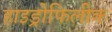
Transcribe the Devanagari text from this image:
हाइड्रोफिलीक